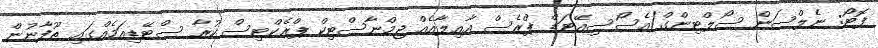
ފޮޓޯ: ނެލްސަން ސޯލްޓިންގް/އެސޯސިއޭޓަޑް ޕްރެސް އާއިލާއެއް ޖިމްނާސްޓިކް ޕްރެކްޓިސް ކުރާ ސްޓޭޑިއަމެއްގައި ތޫފާނުން